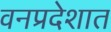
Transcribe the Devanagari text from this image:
वनप्रदेशात